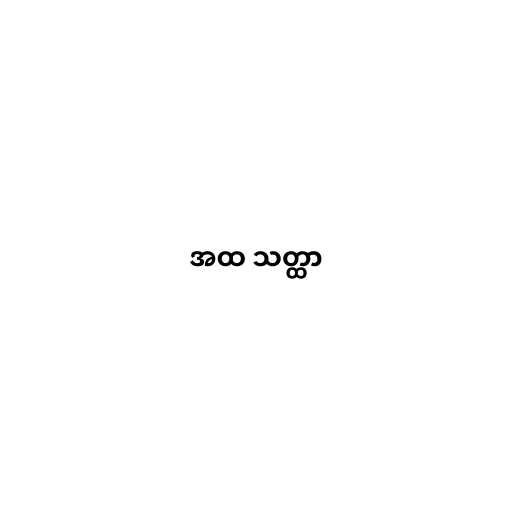
အထ သတ္ထာ